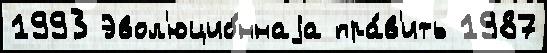
1993 Эвол'юцио́ннаjа пра́в'ить 1987